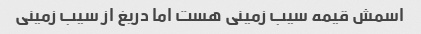
اسمش قیمه سیب زمینی هست اما دریغ از سیب زمینی